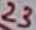
Text: 23